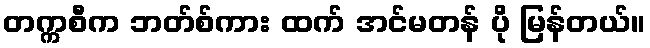
တက္ကစီက ဘတ်စ်ကား ထက် အင်မတန် ပို မြန်တယ်။